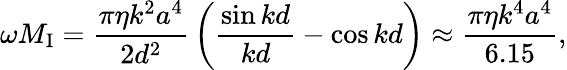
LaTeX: \omega M_{\mathrm{I}}={\frac{\pi\eta k^{2}a^{4}}{2d^{2}}}\left({\frac{\sin kd}{kd}}-\cos kd\right)\approx{\frac{\pi\eta k^{4}a^{4}}{6.15}},